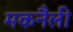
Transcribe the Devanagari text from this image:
मकनैली